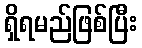
ရှိရမည်ဖြစ်ပြီး